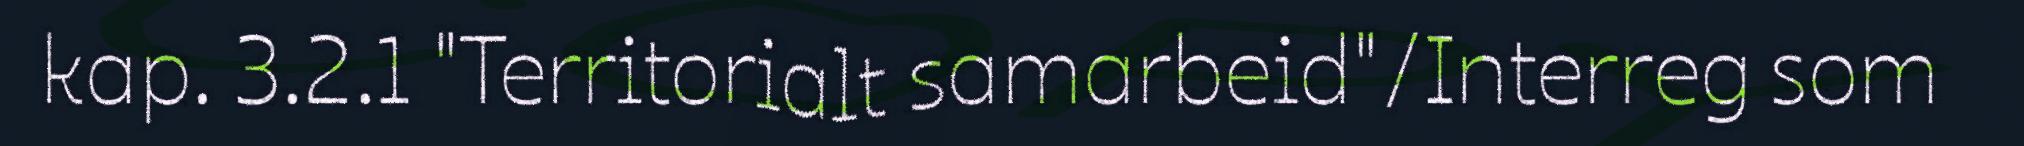
kap. 3.2.1 "Territorialt samarbeid"/Interreg som